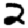
Digit: 2